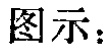
图示：